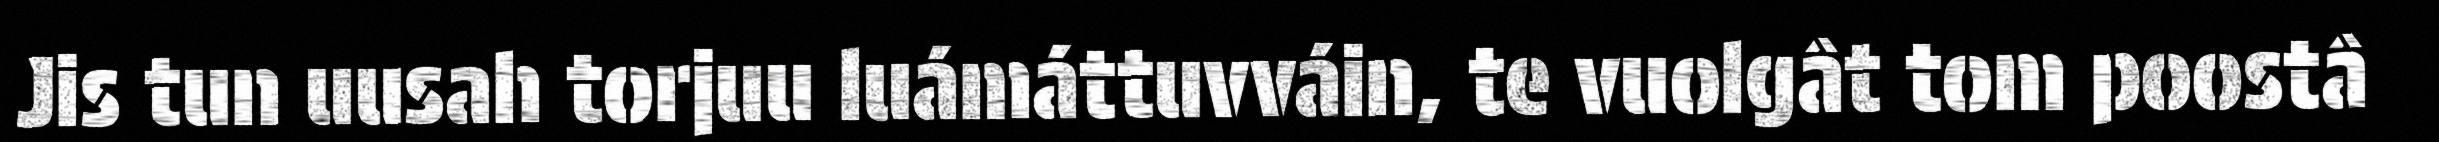
Jis tun uusah torjuu luámáttuvváin, te vuolgât tom poostâ